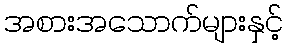
အစားအသောက်များနှင့်